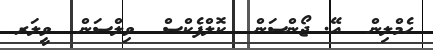
ހެމްލިން  އޭ. ޖޯންސަން  ކޮލްފެކްސް  ވިލްސަން  ވީލަރ